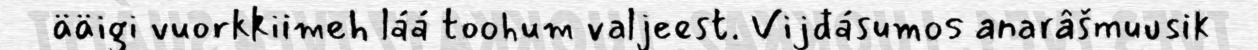
ääigi vuorkkiimeh láá toohum valjeest. Vijđásumos anarâšmuusik